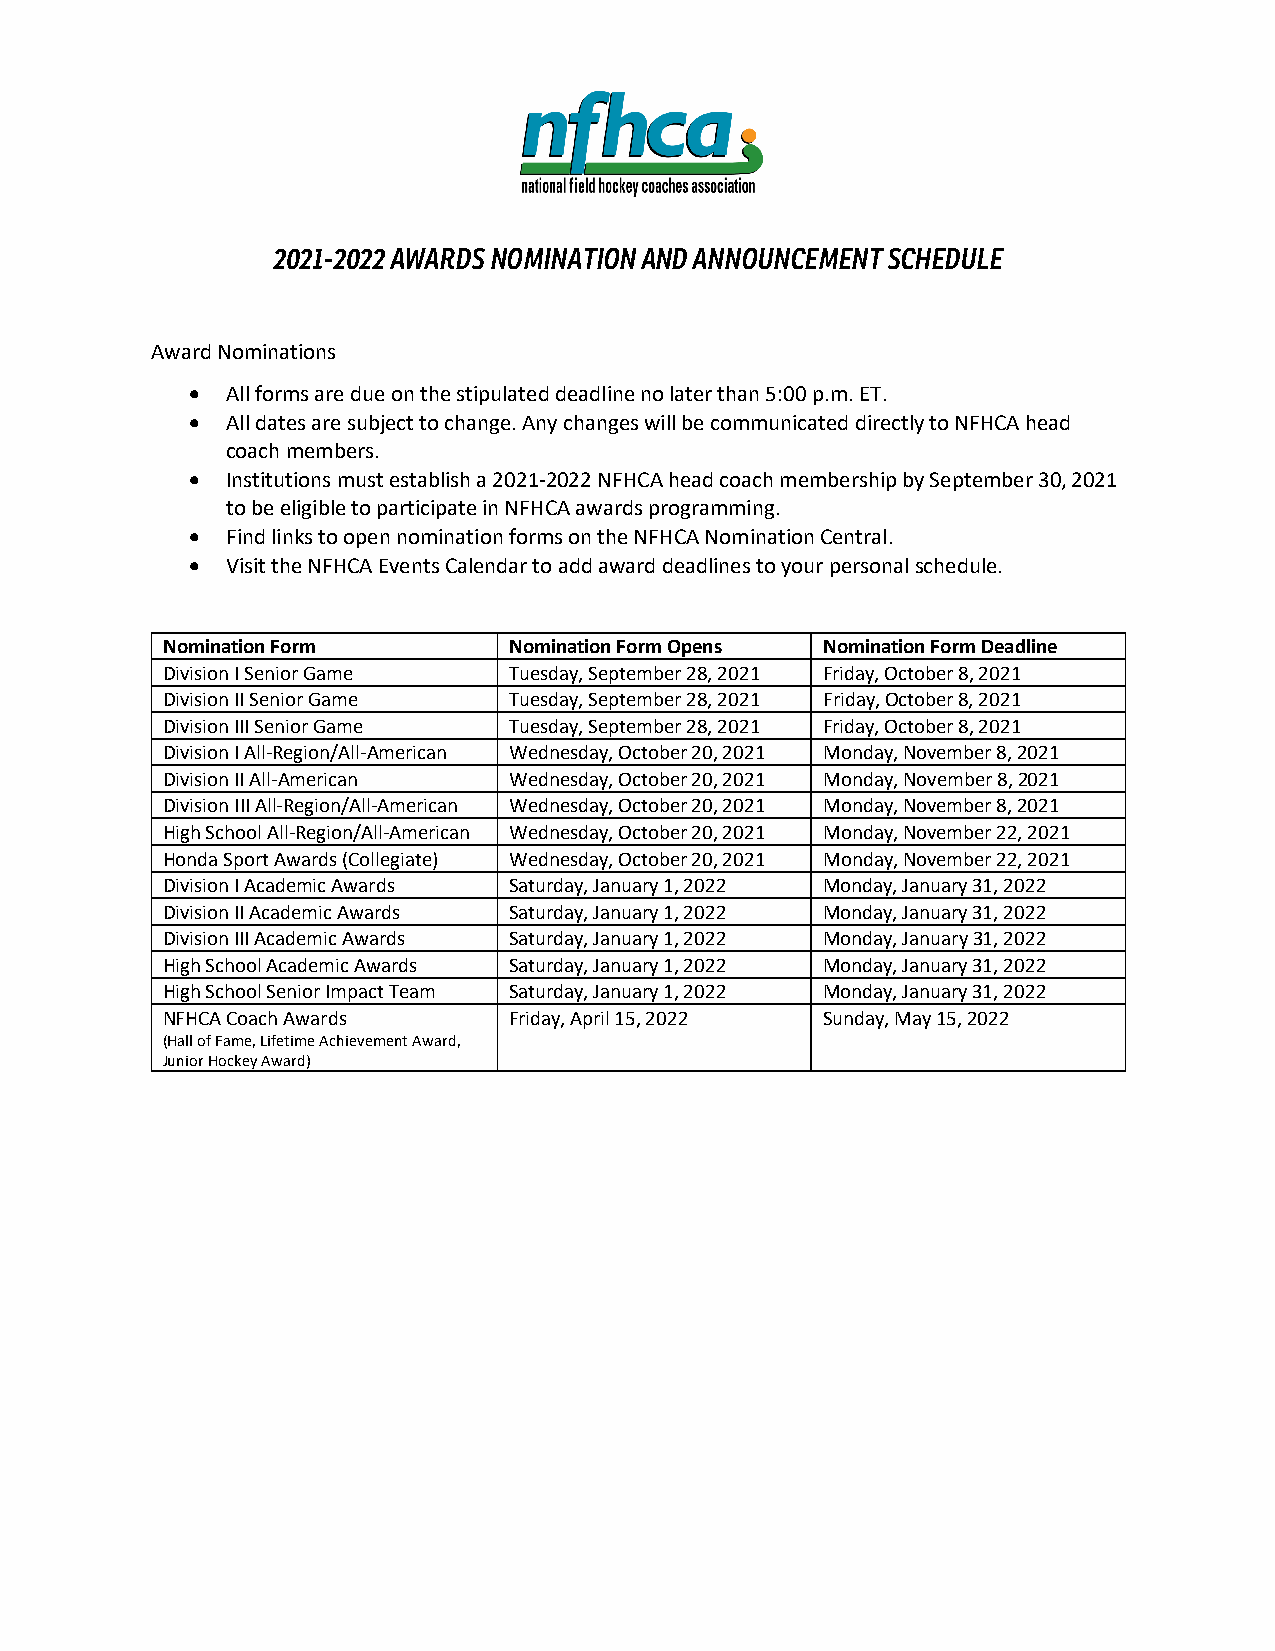
2021-2022 AWARDS NOMINATION AND ANNOUNCEMENT SCHEDULE
 Award Nominations
 •  All forms are due on the stipulated deadline no later than 5:00 p.m. ET.
 •  All dates are subject to change. Any changes will be communicated directly to NFHCA head
 coach members.
 •  Institutions must establish a 2021-2022 NFHCA head coach membership by September 30, 2021
 to be eligible to participate in NFHCA awards programming.
 •  Find links to open nomination forms on the NFHCA Nomination Central.
 •  Visit the NFHCA Events Calendar to add award deadlines to your personal schedule.
 Nomination Form        Nomination Form Opens Nomination Form Deadline
 Division I Senior Game Tuesday, September 28, 2021 Friday, October 8, 2021
 Division II Senior Game Tuesday, September 28, 2021 Friday, October 8, 2021
 Division III Senior Game Tuesday, September 28, 2021 Friday, October 8, 2021
 Division I All-Region/All-American Wednesday, October 20, 2021 Monday, November 8, 2021
 Division II All-American Wednesday, October 20, 2021 Monday, November 8, 2021
 Division III All-Region/All-American Wednesday, October 20, 2021 Monday, November 8, 2021
 High School All-Region/All-American Wednesday, October 20, 2021 Monday, November 22, 2021
 Honda Sport Awards (Collegiate) Wednesday, October 20, 2021 Monday, November 22, 2021
 Division I Academic Awards Saturday, January 1, 2022 Monday, January 31, 2022
 Division II Academic Awards Saturday, January 1, 2022 Monday, January 31, 2022
 Division III Academic Awards Saturday, January 1, 2022 Monday, January 31, 2022
 High School Academic Awards Saturday, January 1, 2022 Monday, January 31, 2022
 High School Senior Impact Team Saturday, January 1, 2022 Monday, January 31, 2022
 NFHCA Coach Awards     Friday, April 15, 2022 Sunday, May 15, 2022
 (Hall of Fame, Lifetime Achievement Award,
 Junior Hockey Award)